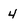
Character: 4